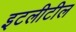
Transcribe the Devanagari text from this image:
इटलीटील